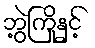
ဘွဲ့ကြိုနှင့်